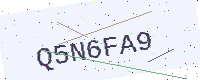
Text: Q5N6FA9